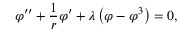
\varphi ^ { \prime \prime } + { \frac { 1 } { r } } \varphi ^ { \prime } + \lambda \left( \varphi - \varphi ^ { 3 } \right) = 0 ,